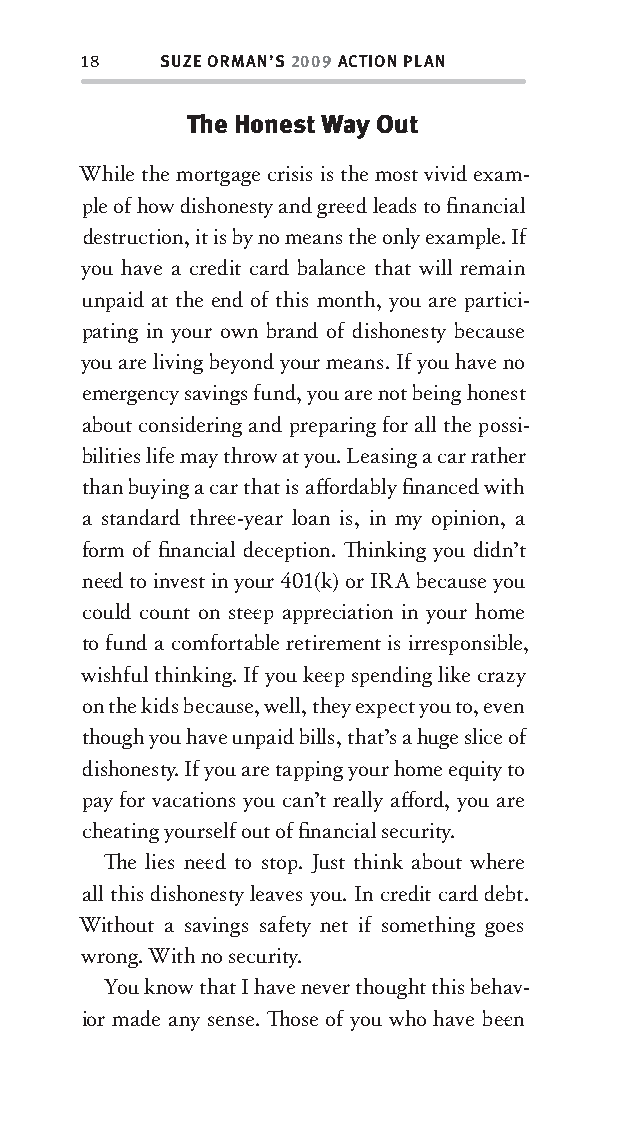
18   SUZE ORMAN’S 2009 ACTION PLAN
 The Honest Way Out
 While the mortgage crisis is the most vivid exam-
 ple of how dishonesty and gree d leads to fi nancial
 destruction, it is by no means the only example. If
 you have a credit card balance that will remain
 unpaid at the end of this month, you are partici-
 pating in your own brand of dishonesty because
 you are living beyond your means. If you have no
 emergency savings fund, you are not being honest
 about considering and preparing for all the possi-
 bilities life may throw at you. Leasing a car rather
 than buying a car that is aff ordably fi nanced with
 a standard three -year loan is, in my opinion, a
 form of fi nancial deception. Th inking you didn’t
 nee d to invest in your 401(k) or IRA because you
 could count on stee p appreciation in your home
 to fund a comfortable retirement is irresponsible,
 wishful thinking. If you kee p spending like crazy
 on the kids because, well, they expect you to, even
 though you have unpaid bills, that’s a huge slice of
 dishonesty . If you are tapping your home equity to
 pay for vacations you can’t really aff ord, you are
 cheating yourself out of fi nancial security .
 Th e lies nee d to stop. Just think about where
 all this dishonesty leaves you. In credit card debt.
 Without a savings safety net if something goes
 wrong. With no security .
 You know that I have never thought this behav-
 ior made any sense. Th ose of you who have bee n
 OOrrmmaa__99778800338855553300993344__44pp__aallll__rr11..iinndddd 1188 1122//33//0088 99::3311::0000 AAMM